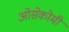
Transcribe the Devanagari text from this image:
ओसेकोमी